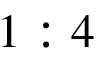
1 : 4